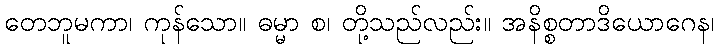
တေဘူမကာ၊ ကုန်သော။ ဓမ္မာ စ၊ တို့သည်လည်း။ အနိစ္စတာဒိယောဂေန၊